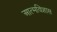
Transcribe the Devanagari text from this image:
आत्मविशास